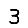
Digit: 3